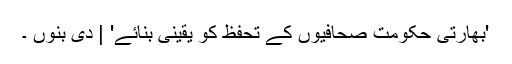
'بھارتی حکومت صحافیوں کے تحٖفظ کو یقینی بنائے' | دی بنوں ۔